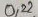
Text: 0,22